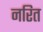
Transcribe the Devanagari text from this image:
नरित